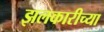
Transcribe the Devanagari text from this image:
झलकारीच्या